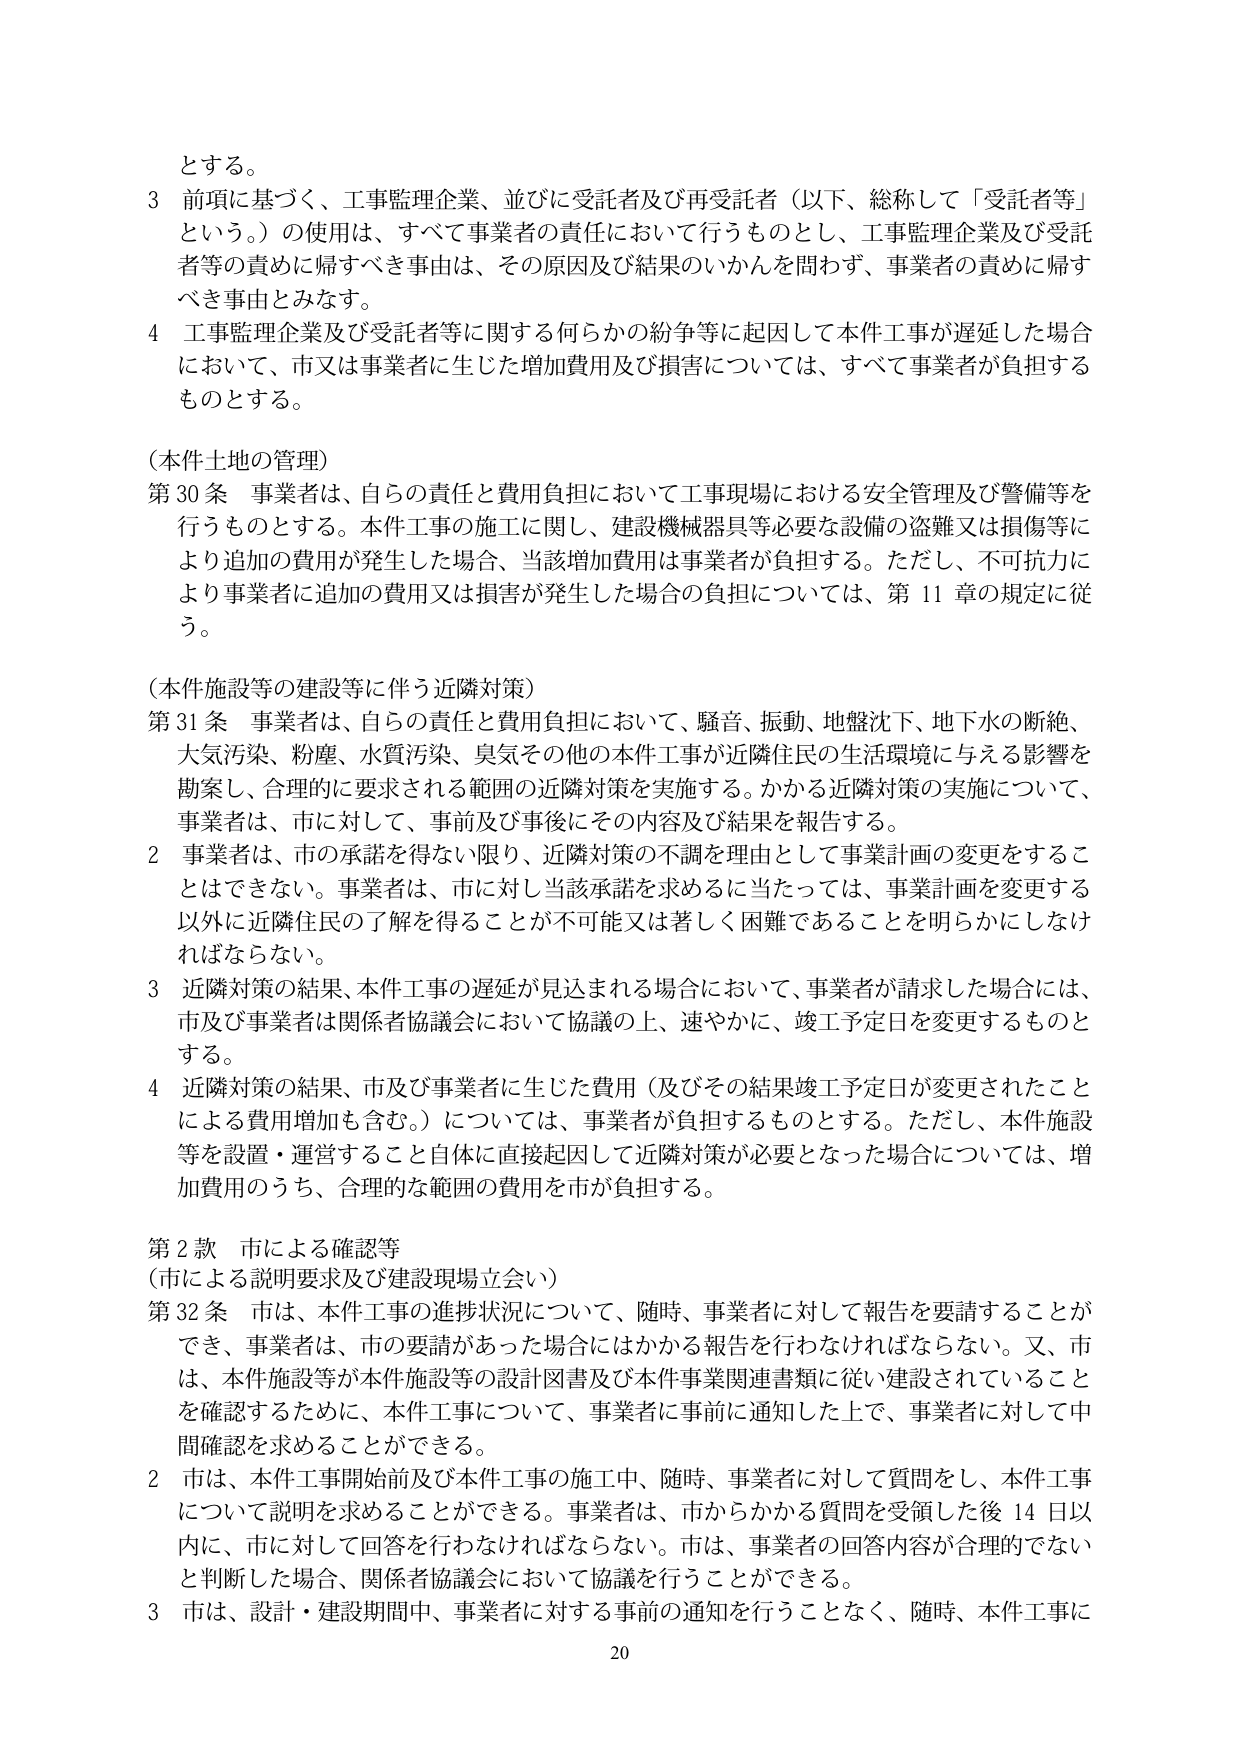
とする。

3 前項に基づく、工事監理企業、並びに受託者及び再受託者（以下、総称して「受託者等」という。）の使用は、すべて事業者の責任において行うものとし、工事監理企業及び受託者等の責めに帰すべき事由は、その原因及び結果のいかんを問わず、事業者の責めに帰すべき事由とみなす。

4 工事監理企業及び受託者等に関する何らかの紛争等に起因して本件工事が遅延した場合において、市又は事業者に生じた増加費用及び損害については、すべて事業者が負担するものとする。

（本件土地の管理）

第30条 事業者は、自らの責任と費用負担において工事現場における安全管理及び警備等を行うものとする。本件工事の施工に関し、建設機械器具等必要な設備の盗難又は損傷等により追加の費用が発生した場合、当該増加費用は事業者が負担する。ただし、不可抗力により事業者に追加の費用又は損害が発生した場合の負担については、第11章の規定に従う。

（本件施設等の建設等に伴う近隣対策）

第31条 事業者は、自らの責任と費用負担において、騒音、振動、地盤沈下、地下水の断絶、大気汚染、粉塵、水質汚染、臭気その他の本件工事が近隣住民の生活環境に与える影響を勘案し、合理的に要求される範囲の近隣対策を実施する。かかる近隣対策の実施について、事業者は、市に対して、事前及び事後にその内容及び結果を報告する。

2 事業者は、市の承諾を得ない限り、近隣対策の不調を理由として事業計画の変更をすることはできない。事業者は、市に対し当該承諾を求めるに当たっては、事業計画を変更する以外に近隣住民の了解を得ることが不可能又は著しく困難であることを明らかにしなければならない。

3 近隣対策の結果、本件工事の遅延が見込まれる場合において、事業者が請求した場合には、市及び事業者は関係者協議会において協議の上、速やかに、竣工予定日を変更するものとする。

4 近隣対策の結果、市及び事業者に生じた費用（及びその結果竣工予定日が変更されたことによる費用増加も含む。）については、事業者が負担するものとする。ただし、本件施設等を設置・運営すること自体に直接起因して近隣対策が必要となった場合については、増加費用のうち、合理的な範囲の費用を市が負担する。

第2款 市による確認等

（市による説明要求及び建設現場立会い）

第32条 市は、本件工事の進捗状況について、随時、事業者に対して報告を要請することができ、事業者は、市の要請があった場合にはかかる報告を行わなければならない。又、市は、本件施設等が本件施設等の設計図書及び本件事業関連書類に従い建設されていることを確認するために、本件工事について、事業者に事前に通知した上で、事業者に対して中間確認を求めることができる。

2 市は、本件工事開始前及び本件工事の施工中、随時、事業者に対して質問をし、本件工事について説明を求めることができる。事業者は、市からかかる質問を受領した後14日以内に、市に対して回答を行わなければならない。市は、事業者の回答内容が合理的でないと判断した場合、関係者協議会において協議を行うことができる。

3 市は、設計・建設期間中、事業者に対する事前の通知を行うことなく、随時、本件工事に

20